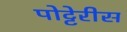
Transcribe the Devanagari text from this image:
पोट्टेरीस